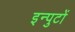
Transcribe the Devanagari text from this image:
इन्पुटों